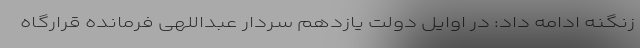
زنگنه ادامه داد: در اوایل دولت یازدهم سردار عبداللهی فرمانده قرارگاه